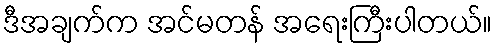
ဒီအချက်က အင်မတန် အရေးကြီးပါတယ်။